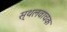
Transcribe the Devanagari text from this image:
स्थलवाचक